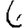
Digit: 6